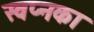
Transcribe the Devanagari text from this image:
स्वप्नका